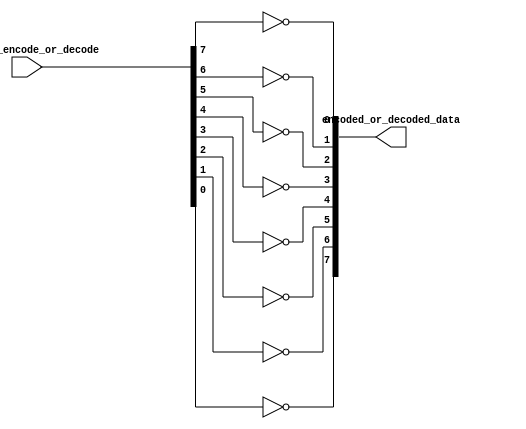


module Encoder_Decoder2(
  input [7:0] data_to_encode_or_decode ,
  output [7:0] encoded_or_decoded_data
	);
  
  
  
  // Second option to encode/decode
  
  assign 	encoded_or_decoded_data[0] = 	~ data_to_encode_or_decode[7];
  assign 	encoded_or_decoded_data[1] = 	~ data_to_encode_or_decode[6];
  assign 	encoded_or_decoded_data[2] = 	~ data_to_encode_or_decode[5];
  assign 	encoded_or_decoded_data[3] = 	~ data_to_encode_or_decode[4];
  assign 	encoded_or_decoded_data[4] = 	~ data_to_encode_or_decode[3];
  assign 	encoded_or_decoded_data[5] = 	~ data_to_encode_or_decode[2];
  assign 	encoded_or_decoded_data[6] = 	~ data_to_encode_or_decode[1];
  assign 	encoded_or_decoded_data[7] = 	~ data_to_encode_or_decode[0];
  
                        
endmodule